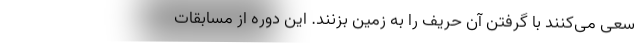
سعی می‌کنند با گرفتن آن حریف را به زمین بزنند. این دوره از مسابقات